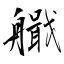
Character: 艥